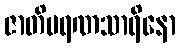
ဇာတိမရဏသာရိနော